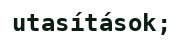
utasítások;